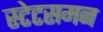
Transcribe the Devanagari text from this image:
स्टेटसमन